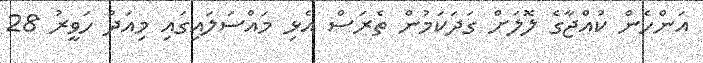
އަންހެން ކުއްޖާގެ ލޮލަށް ގަދަކަމުން ތެރަސް އެޅި މައްސަލައިގައި މިއަދު ހަވީރު 28